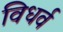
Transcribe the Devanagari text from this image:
विधर्व